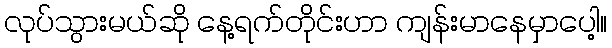
လုပ်သွားမယ်ဆို နေ့ရက်တိုင်းဟာ ကျန်းမာနေမှာပေါ့။